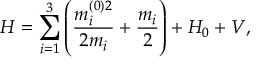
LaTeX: H = \sum _ { i = 1 } ^ { 3 } \left( \frac { m _ { i } ^ { ( 0 ) 2 } } { 2 m _ { i } } + \frac { m _ { i } } { 2 } \right) + H _ { 0 } + V ,